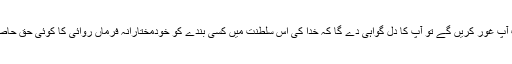
اس بات پر جب آپ غور کریں گے تو آپ کا دل گواہی دے گا کہ خدا کی اس سلطنت میں کسی بندے کو خودمختارانہ فرماں روائی کا کوئی حق حاصل ہی نہیں ہے۔